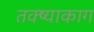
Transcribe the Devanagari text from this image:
तक्ष्याकाग